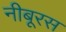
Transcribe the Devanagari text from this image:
नीबूरस